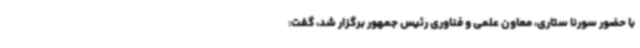
با حضور سورنا ستاری، معاون علمی و فناوری رئیس جمهور برگزار شد، گفت: